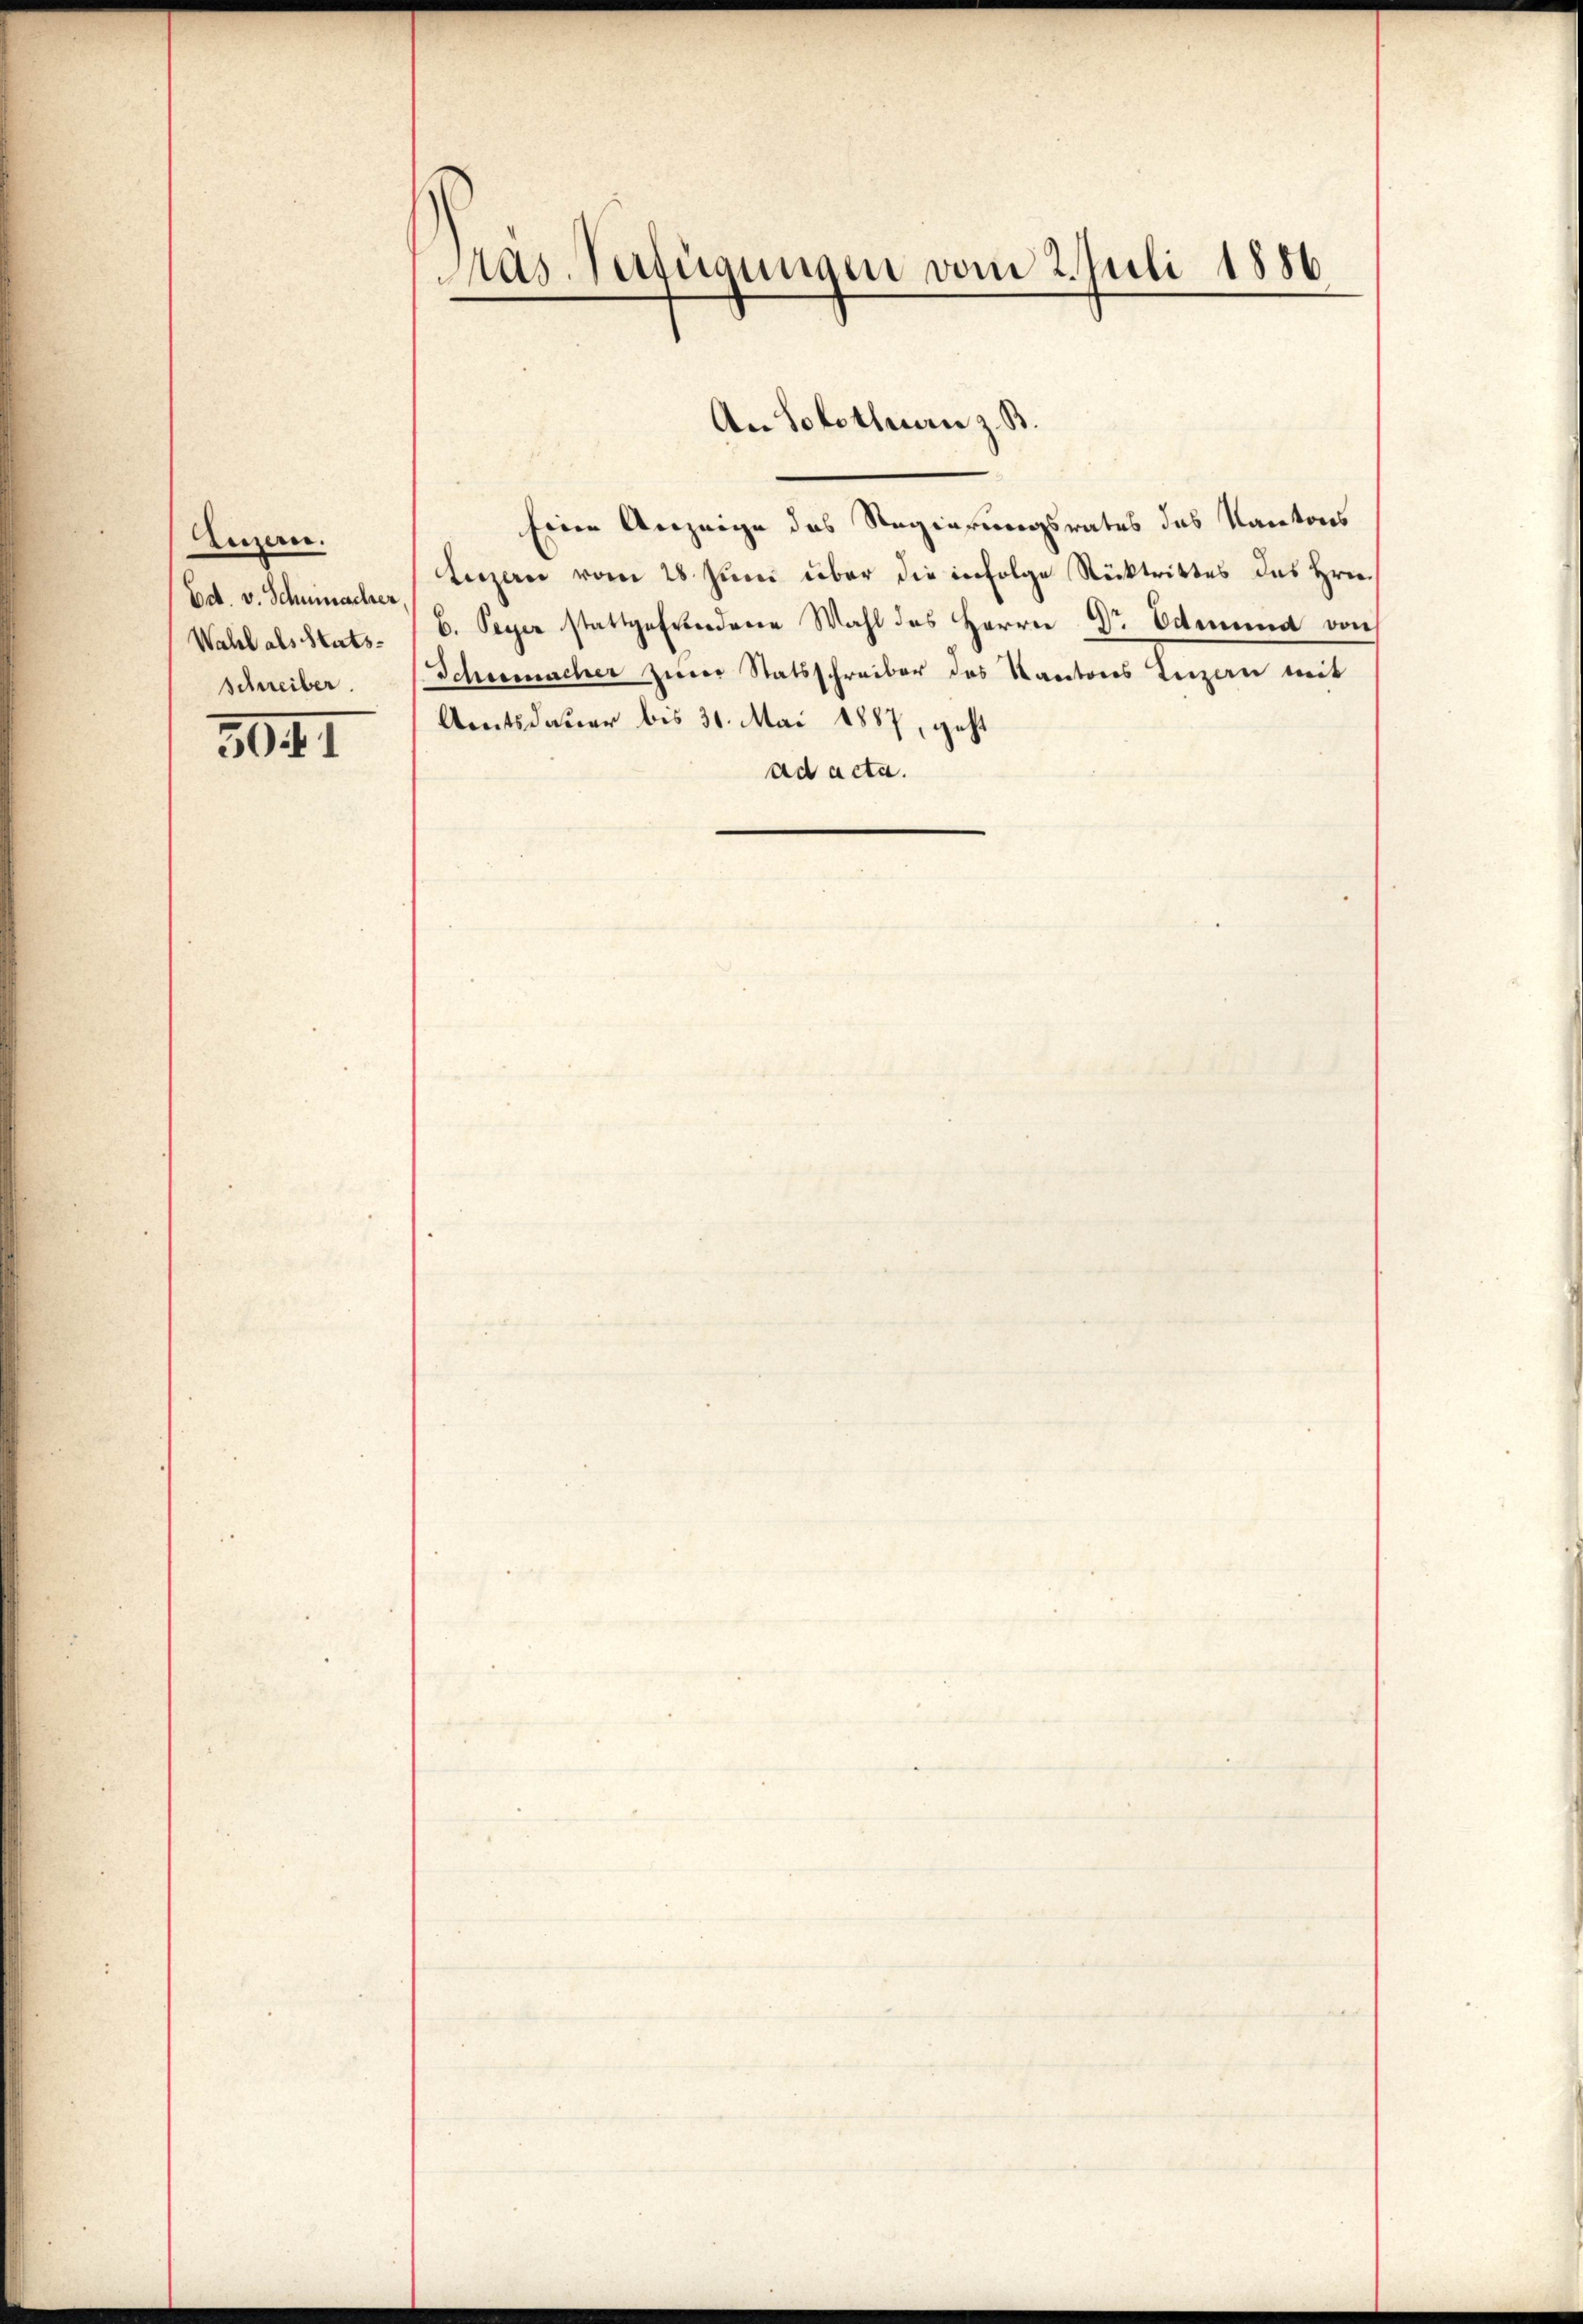
Luzern.
Ed. v. Schumacher,
Wahl als Stuts-
schreiber.
3041

d
ras-Verfügungen vom 2. Juli 1886

Eine Anzeige das Regierungsrates das Kantons
Luzern vom 28. Juni über die infolge Rücktrittes des Hrn.
B. Seppe stattgefundene Wahl des Herrn Dr. Odemma von
Schumacher ziner Statsschreiber des Kantons Luzern mit
Amtsdauer bis 31. Mai 1887, geht
ad acta.

An Solothurn z. B.